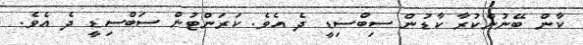
ކާން ބޭނުންކުރާ ކާޑުން ސިބްސިޑީ ދެ އެވެ. ކަރަންޓުން ސަބްސިޑީ ދެ އެވެ.